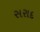
સરાદ